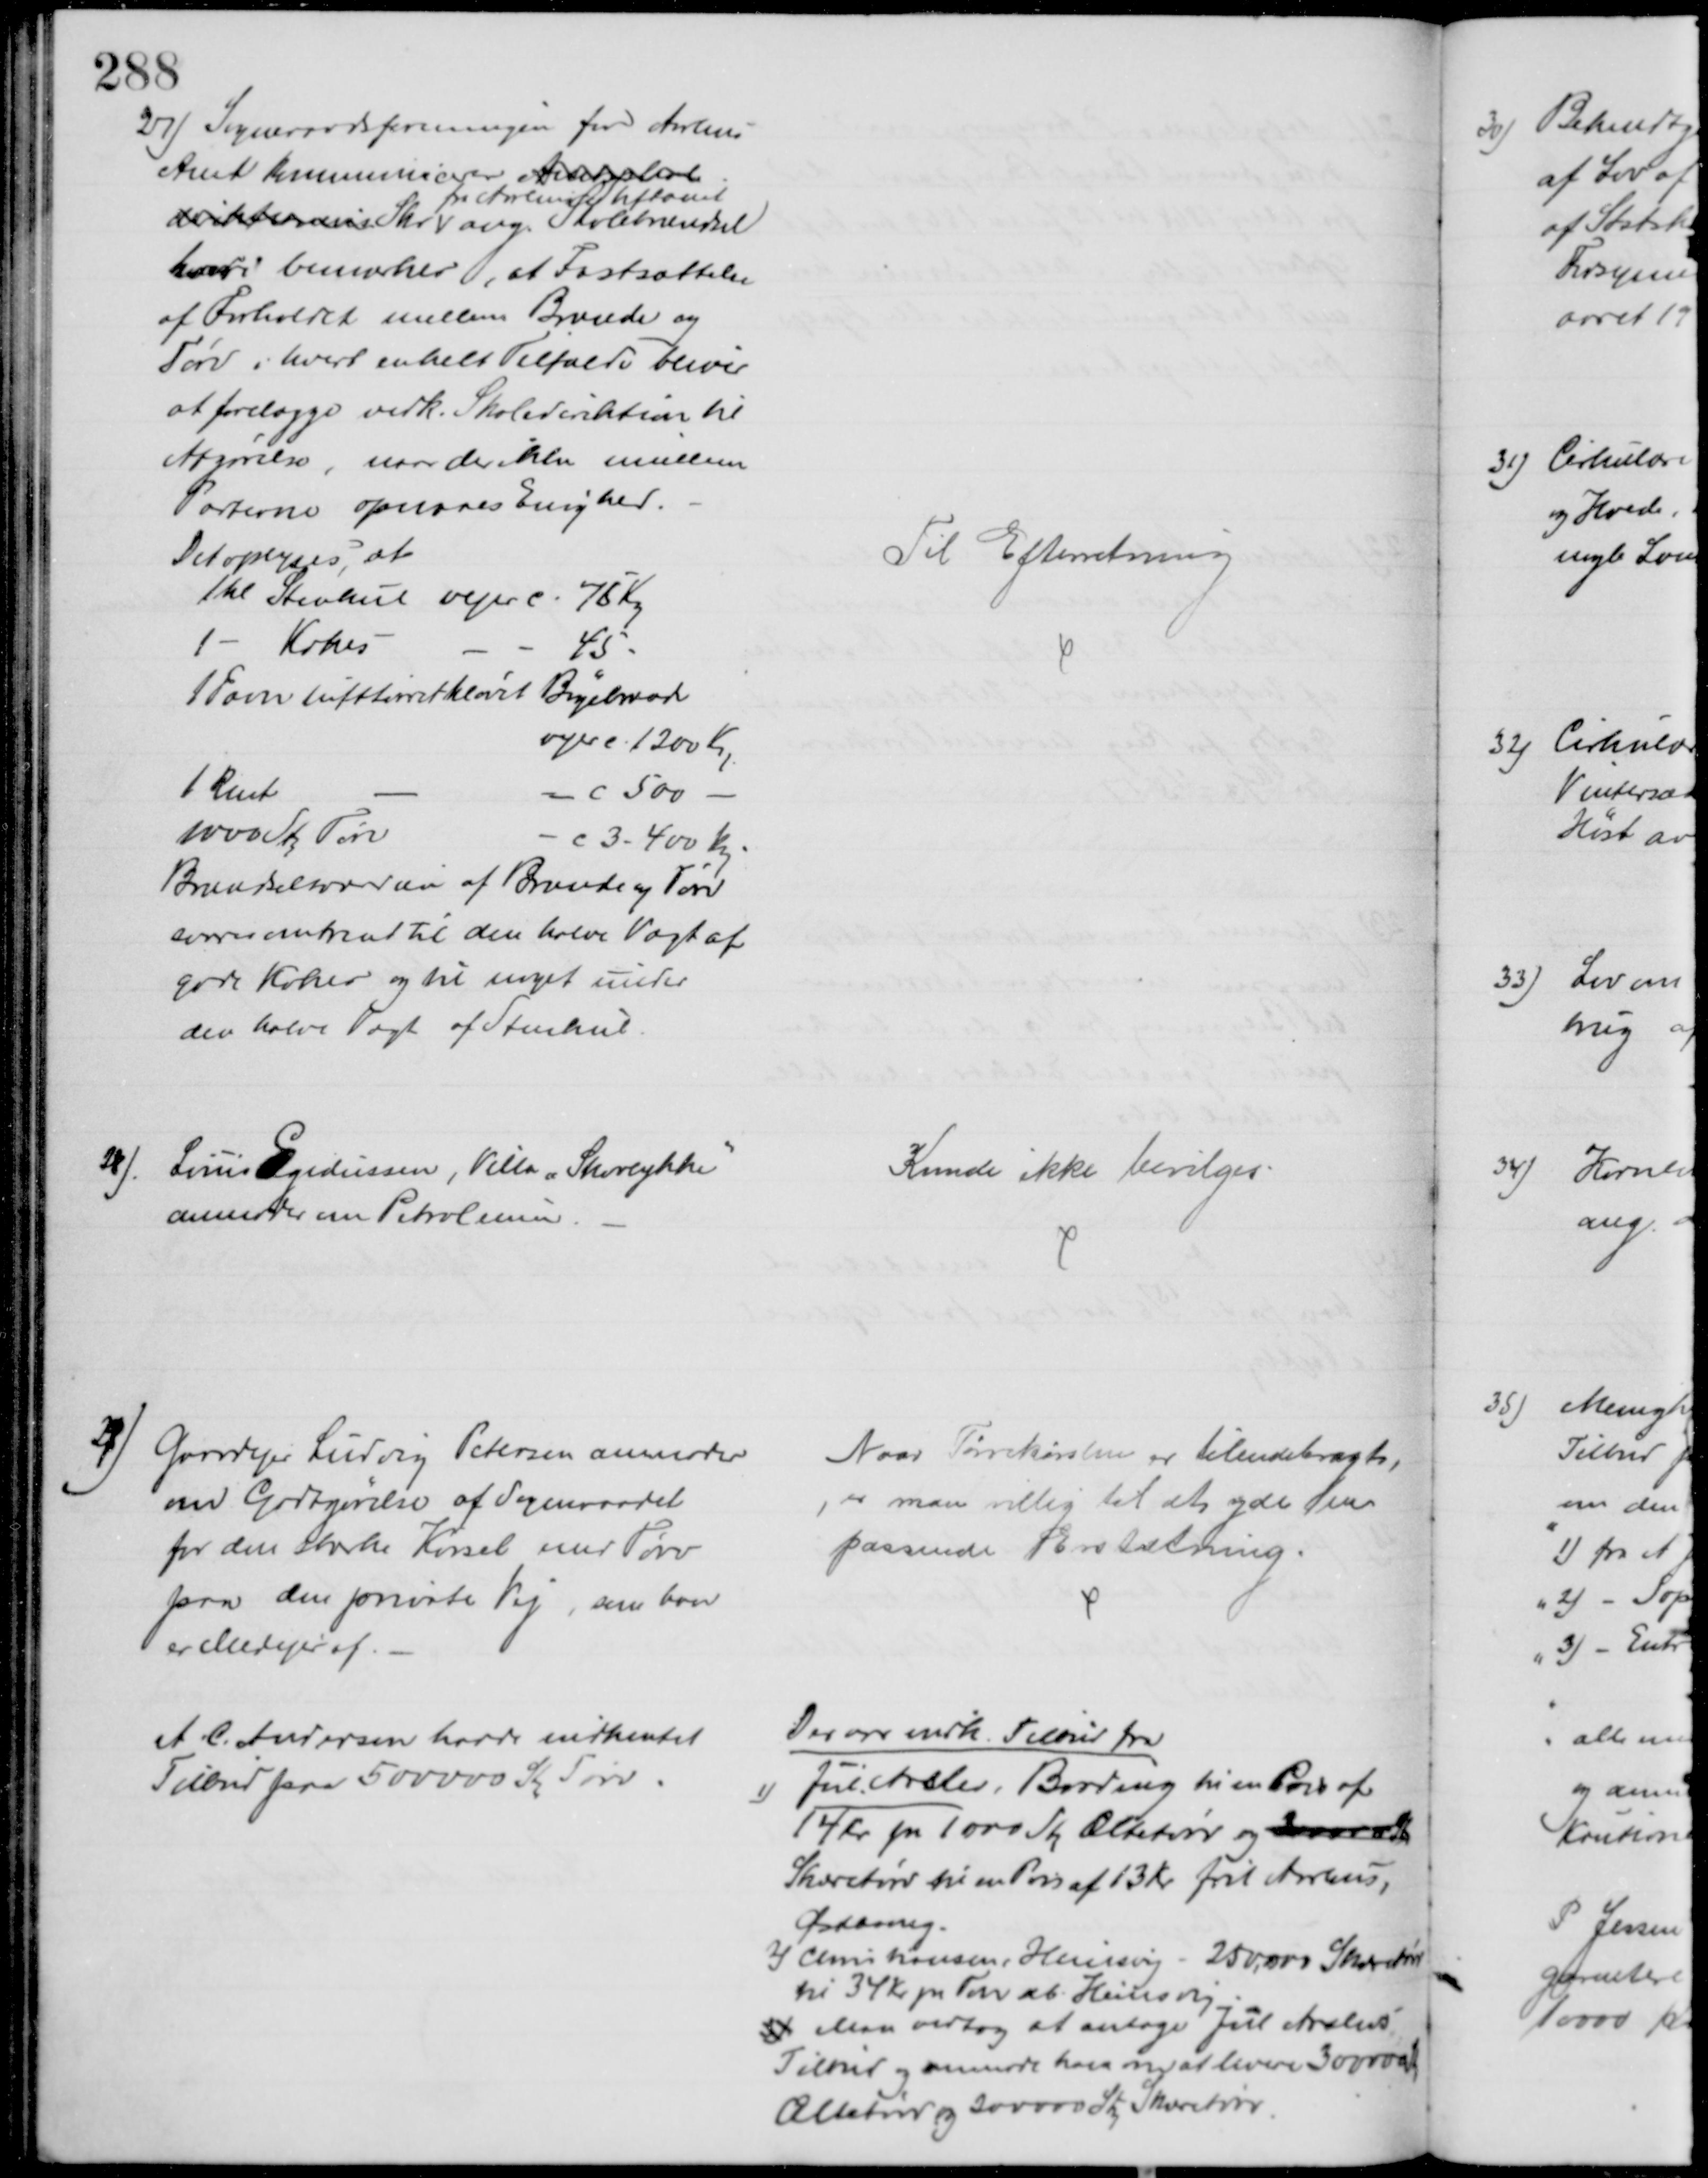
Transskription:
27) Sogneraadsforeningen for Aarhus
Amt kommunicerer Andelelse
direktionens Skr 
fra Aarhus Stiftamt
ang. Skolebrændsel
hvori bemærkes, at Fastsættelse
af Forholdet mellem Brænde og
Tørv i hvert enkelt Tilfælde bliver
at forelægge vedk. Skoledirektion til
Afgørelse, naar der ikke imellem
Parterne opnaaes Enighed.
Det oplyses, at
1 hl Stenkul vejer c 75 Kg
1 - Kokes
45
1 Favn lufttørret kløvet Bøgebrænde
vejer c. 1200 Kg
1 Rent
 c 500
1000 Stk Tørv
c 3 - 400 Kg
Brændselsværdien af Brænde og Tørv
svarer omtrent til den halve Vægt af 
gode Kokes og til noget under
den halve Vægt af Stenkul.
Til Efterretning
28). Louis Egidiussen, Villa "Skovlykke"
anmoder om Petroleum
Kunde ikke bevilges.
29) Gaardejer Ludvig Petersen anmoder
om Godtgørelse af Sogneraadet
for den stærke Kørsel med Tørv
paa den private Vej, som han
er Medejer af.
Naar Tørvekørslen er tilendebragt,
er man villig til at yde en
passende Erstatning.
A. C. Andersen havde indhentet
Tilbud paa 500000 Stk Tørv
Der var indk. Tilbud fra
1)
Jul. Arslev, Bording til en Pris af
14 Kr pr 1000 Stk. Æltetørv og 30000 Stk
Skæretørv til en Pris af 13 Kr frit Aarhus,
Østbaneg.
2) Christiansen, Heinsvig - 250.000 Skæretørv
til 34 Kr pr Favn ab: Heinsvig
3) Man vedtog at antage Jul Arslevs
Tilbud og anmode ham om at levere 300000 Stk
Æltetørv og 200000 Stk Skæretørv